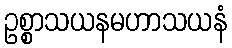
ဥစ္စာသယနမဟာသယနံ